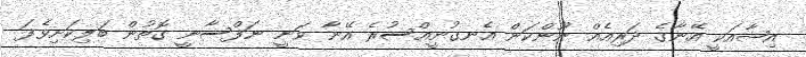
އިޝާއަކީ އޭނާގެ ދަރިއެއް ނޫންކަން އެނގުނީއްސުރެ އޭނާ ވަނީ ނަފްސާނީ ގޮތުން ބަލިކަށިވެފަ